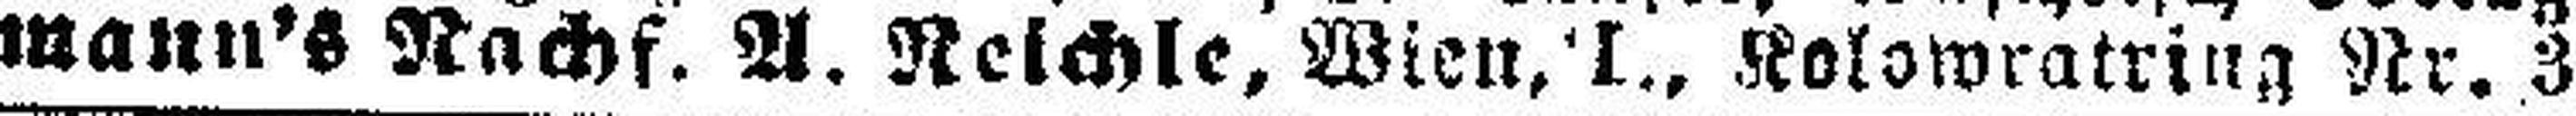
mann's Rachf. A. Reichle, Wien, I., Kolowratring Nr. 3.